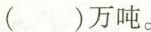
( )万吨。